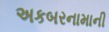
અકબરનામાની